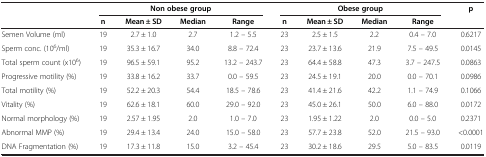
<table><thead><tr><td><b> </b></td><td colspan="4"><b>Non obese group</b></td><td colspan="4"><b>Obese group</b></td><td><b>p</b></td></tr><tr><td><b> </b></td><td><b>n</b></td><td><b>Mean ± SD</b></td><td><b>Median</b></td><td><b>Range</b></td><td><b>n</b></td><td><b>Mean ± SD</b></td><td><b>Median</b></td><td><b>Range</b></td><td><b> </b></td></tr></thead><tbody><tr><td>Semen Volume (ml)</td><td>19</td><td>2.7 ± 1.0</td><td>2.7</td><td>1.2 – 5.5</td><td>23</td><td>2.5 ± 1.5</td><td>2.2</td><td>0.4 – 7.0</td><td>0.6217</td></tr><tr><td>Sperm conc. (10<sup>6</sup>/ml)</td><td>19</td><td>35.3 ± 16.7</td><td>34.0</td><td>8.8 – 72.4</td><td>23</td><td>23.7 ± 13.6</td><td>21.9</td><td>7.5 – 49.5</td><td>0.0145</td></tr><tr><td>Total sperm count (x10<sup>6</sup>)</td><td>19</td><td>96.5 ± 59.1</td><td>95.2</td><td>13.2 – 243.7</td><td>23</td><td>64.4 ± 58.8</td><td>47.3</td><td>3.7 – 247.5</td><td>0.0863</td></tr><tr><td>Progressive motility (%)</td><td>19</td><td>33.8 ± 16.2</td><td>33.7</td><td>0.0 – 59.5</td><td>23</td><td>24.5 ± 19.1</td><td>20.0</td><td>0.0 – 70.1</td><td>0.0986</td></tr><tr><td>Total motility (%)</td><td>19</td><td>52.2 ± 20.3</td><td>54.4</td><td>18.5 – 78.6</td><td>23</td><td>41.4 ± 21.6</td><td>42.2</td><td>1.1 – 74.9</td><td>0.1066</td></tr><tr><td>Vitality (%)</td><td>19</td><td>62.6 ± 18.1</td><td>60.0</td><td>29.0 – 92.0</td><td>23</td><td>45.0 ± 26.1</td><td>50.0</td><td>6.0 – 88.0</td><td>0.0172</td></tr><tr><td>Normal morphology (%)</td><td>19</td><td>2.57 ± 1.95</td><td>2.0</td><td>1.0 – 7.0</td><td>23</td><td>1.95 ± 1.22</td><td>2.0</td><td>0.0 – 5.0</td><td>0.2371</td></tr><tr><td>Abnormal MMP (%)</td><td>19</td><td>29.4 ± 13.4</td><td>24.0</td><td>15.0 – 58.0</td><td>23</td><td>57.7 ± 23.8</td><td>52.0</td><td>21.5 – 93.0</td><td>&lt;0.0001</td></tr><tr><td>DNA Fragmentation (%)</td><td>19</td><td>17.3 ± 11.8</td><td>15.0</td><td>3.2 – 45.4</td><td>23</td><td>30.2 ± 18.6</td><td>29.5</td><td>5.0 – 83.5</td><td>0.0119</td></tr></tbody></table>